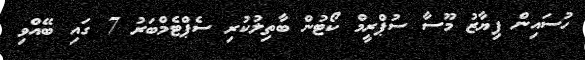
ހުސައިން ފިޔާޒު މޫސާ ސުޕްރީމް ކޯޓުން ބާތިލުކުރި ސެޕްޓެމްބަރު 7 ގައި ބޭއްވި